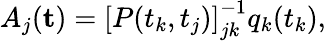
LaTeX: A_{j}(\mathbf{t})=\left[P(t_{k},t_{j})\right]_{jk}^{-1}q_{k}(t_{k}),